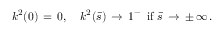
k ^ { 2 } ( 0 ) \, = \, 0 , \quad k ^ { 2 } ( \bar { s } ) \, \to \, 1 ^ { - } \, \mathrm { ~ i f ~ } \bar { s } \, \to \, \pm \, \infty \, { . }